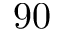
9 0